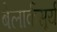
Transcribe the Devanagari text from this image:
बेलार्कसूर्य